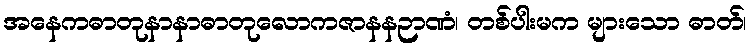
အနေကဓာတုနာနာဓာတုလောကဇာနနဉာဏံ၊ တစ်ပါးမက များသော ဓာတ်၊